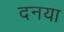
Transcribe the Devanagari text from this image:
दनया